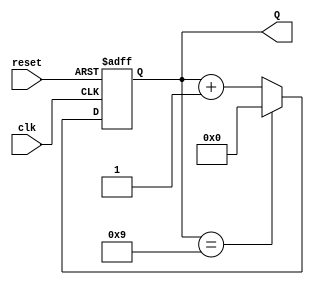
module BCD_Counter (
    input wire clk,         // Clock input
    input wire reset,       // Asynchronous reset
    output reg [3:0] Q      // 4-bit output for BCD value
);

    // Asynchronous reset and counting logic
    always @(posedge clk or posedge reset) begin
        if (reset) begin
            Q <= 4'b0000; // Reset to 0
        end else begin
            if (Q == 4'b1001) begin
                Q <= 4'b0000; // Roll over to 0 when reaching 10 (1010)
            end else begin
                Q <= Q + 1; // Increment the counter
            end
        end
    end

endmodule